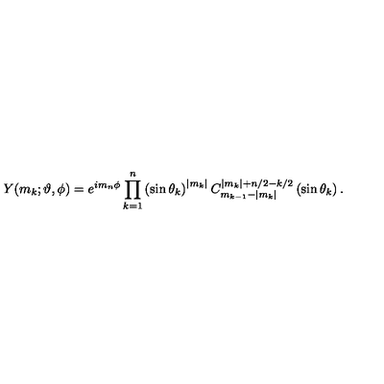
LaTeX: Y ( m _ { k } ; \vartheta , \phi ) = e ^ { i m _ { n } \phi } \prod _ { k = 1 } ^ { n } \left( \sin \theta _ { k } \right) ^ { | m _ { k } | } C _ { m _ { k - 1 } - | m _ { k } | } ^ { | m _ { k } | + n / 2 - k / 2 } \left( \sin \theta _ { k } \right) .